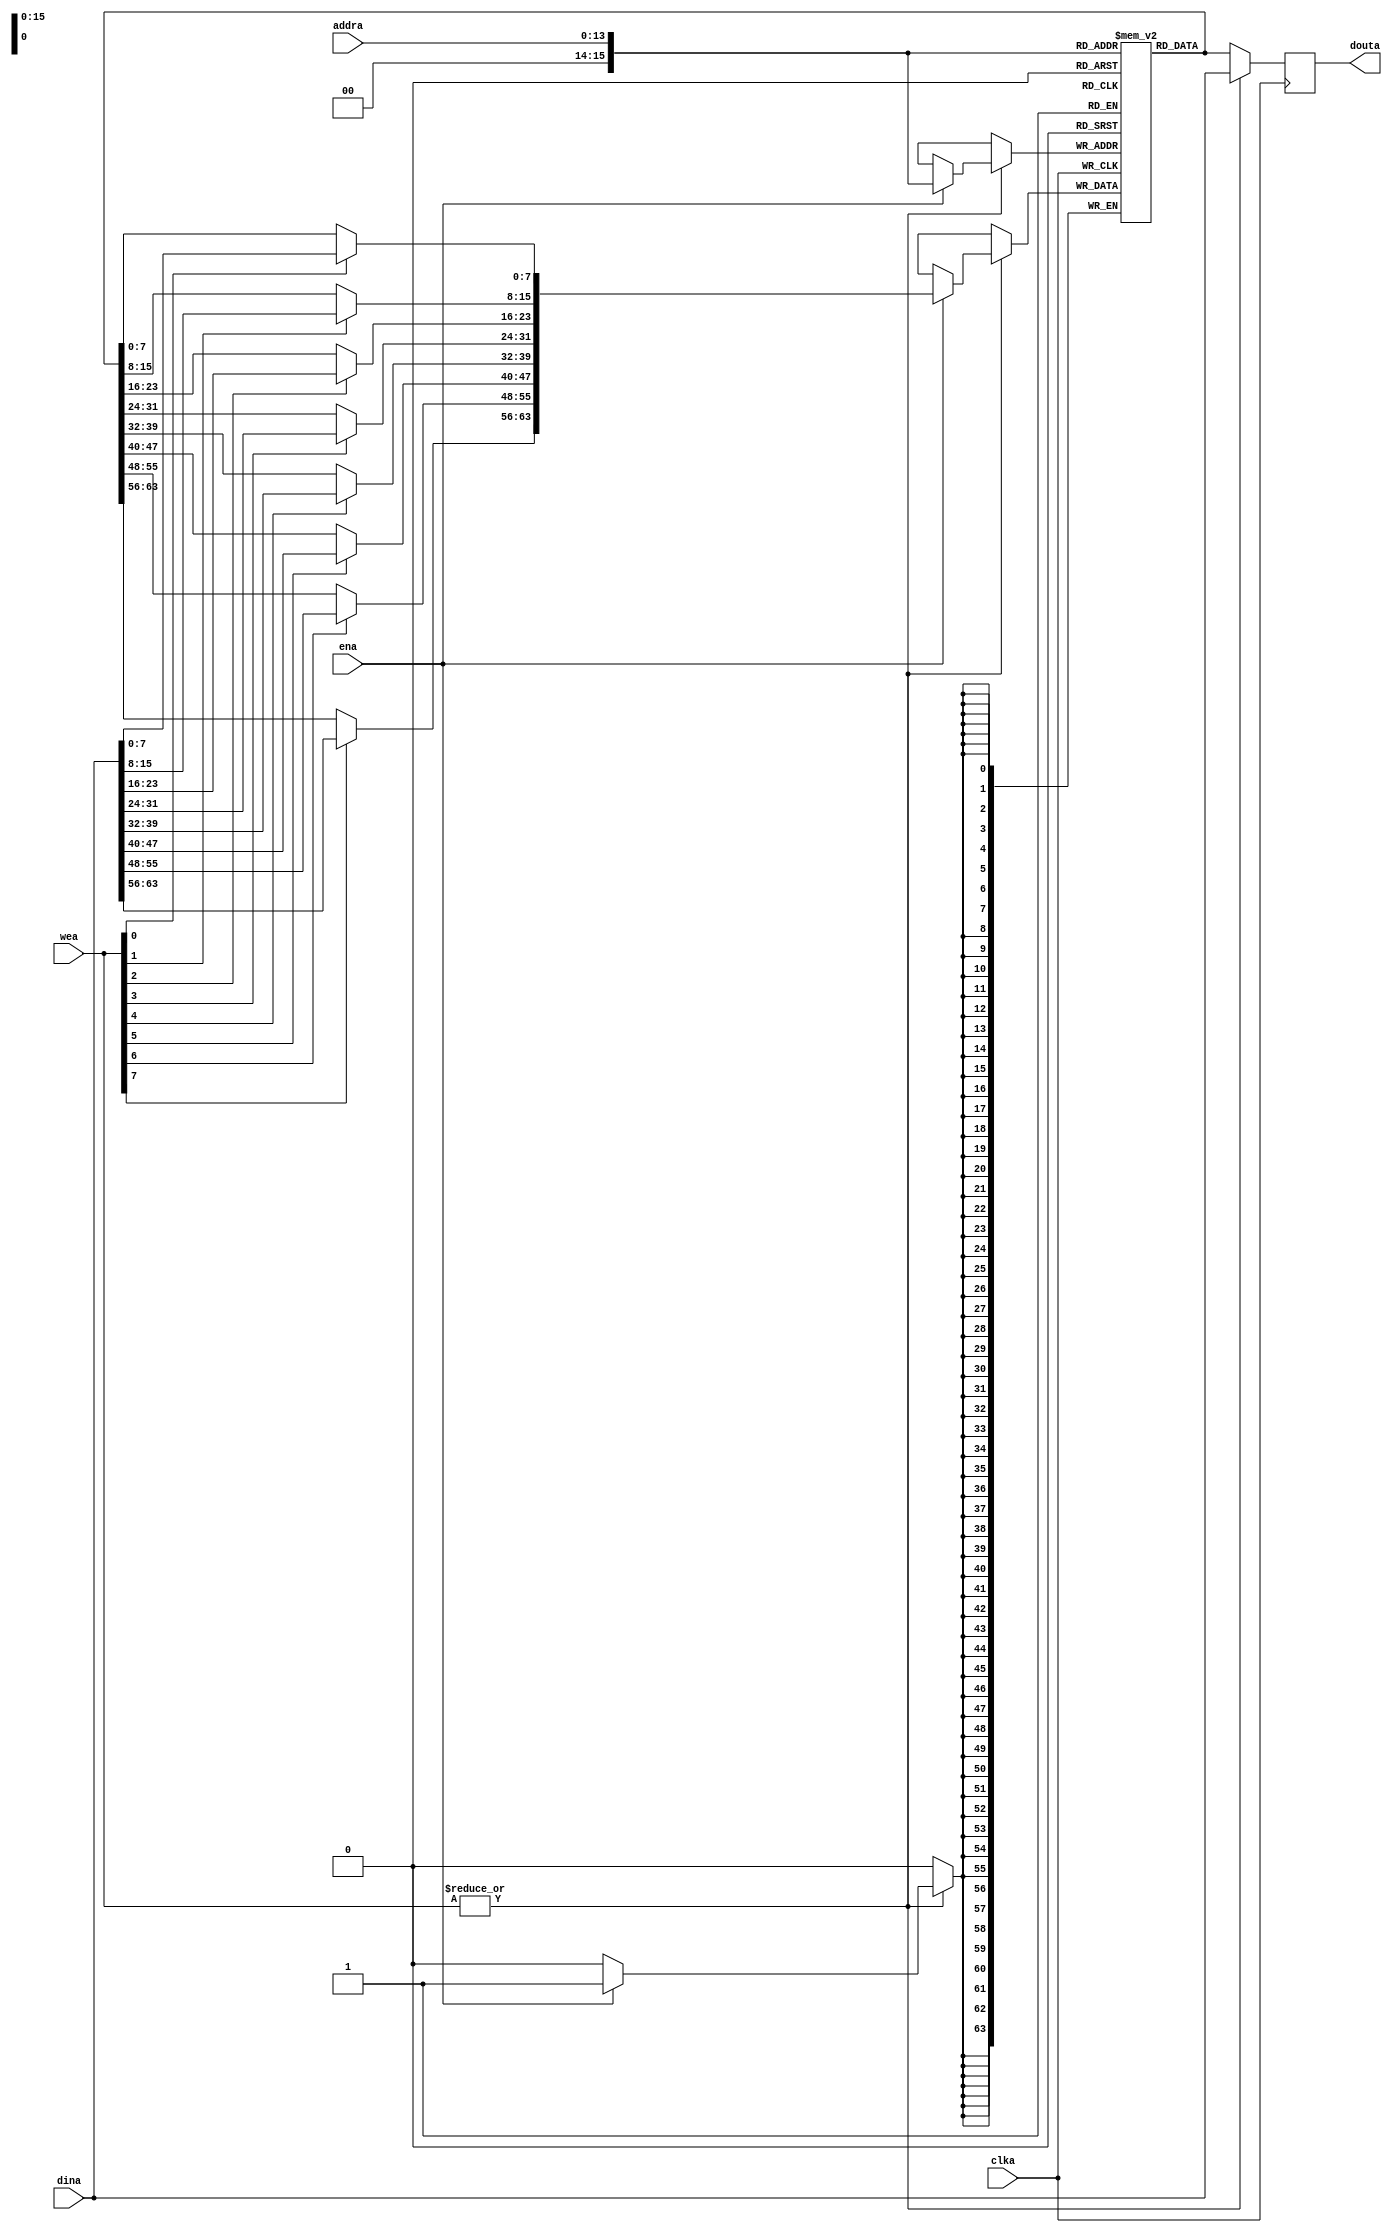
module bdram_64 (
input                     clka,
input                     ena,
input   [7:0]             wea,
input   [13:0]            addra,
input   [63:0]            dina,
output  reg[63:0]         douta
// output  reg[63:0]         dout
);

parameter  MEMDEPTH = 2**(16);

wire [63:0] inst_read;

reg [63:0] mem [(MEMDEPTH-1):0] /* synthesis syn_ramstyle = "no_rw_check" */;

// initial begin
//   $readmemh("E:/develop/frv232platform/tb/riscvtest/fib-riscv32-nemu.bin.data",_frv_bdram_32.mem);
// end

wire[7:0] mem_0 = mem[addra][7:0];
wire[7:0] mem_1 = mem[addra][15:8];
wire[7:0] mem_2 = mem[addra][23:16];
wire[7:0] mem_3 = mem[addra][31:24];
wire[7:0] mem_4 = mem[addra][39:32];
wire[7:0] mem_5 = mem[addra][47:40];
wire[7:0] mem_6 = mem[addra][55:48];
wire[7:0] mem_7 = mem[addra][63:56];

wire[7:0] memw_0 = wea[0] ? dina[7:0]    : mem_0;
wire[7:0] memw_1 = wea[1] ? dina[15:8]   : mem_1;
wire[7:0] memw_2 = wea[2] ? dina[23:16]  : mem_2;
wire[7:0] memw_3 = wea[3] ? dina[31:24]  : mem_3;
wire[7:0] memw_4 = wea[4] ? dina[39:32]  : mem_4;
wire[7:0] memw_5 = wea[5] ? dina[47:40]  : mem_5;
wire[7:0] memw_6 = wea[6] ? dina[55:48]  : mem_6;
wire[7:0] memw_7 = wea[7] ? dina[63:56]  : mem_7;

wire [63:0] memw_data = {memw_7, memw_6, memw_5, memw_4, memw_3, memw_2, memw_1, memw_0};

// wire TEST_JUDGE = mem[16'h008b] == 32'h0984_0913;

assign inst_read = mem[addra];

always @(posedge clka)
begin
  if(|wea)
  begin
    if(ena)begin
      mem[addra]       <= memw_data;
    end
    douta            <= dina;
    // douta           <= inst_read;
  end
  else
  begin
    // dout            <= mem[addra];
    douta           <= inst_read;
  end
end

endmodule